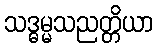
သဒ္ဓမ္မသညတ္တိယာ